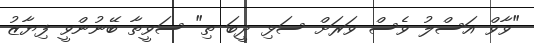
"ވާވް އަސްލު ވެސް ވަރަށް ސަޅި ދީބަ ތި" ސަވީތާ ބޭނުންވީ ފިޔާޒު